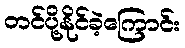
တင်ပို့နိုင်ခဲ့ကြောင်း